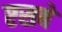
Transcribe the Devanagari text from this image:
एसबे